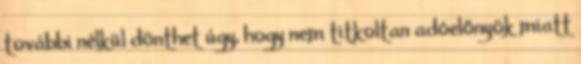
további nélkül dönthet úgy, hogy nem titkoltan adóelőnyök miatt